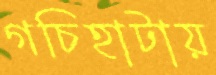
গচিহাটায়